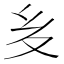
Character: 𭐟